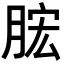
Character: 𣍱